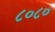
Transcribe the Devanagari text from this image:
८०८०